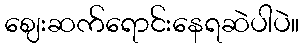
ဈေးဆက်ရောင်းနေရဆဲပါပဲ။